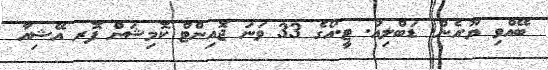
ބޭއްވި ޔޫ.އެން. ޑަބްލިއު. ޓީ.އޯގެ 33 ވަނަ ޖޮއިންޓް ކޮމިޝަން ފޮރ އޭޝިއާ